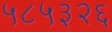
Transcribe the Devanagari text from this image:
५८५३२६